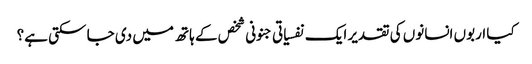
کیا اربوں انسانوں کی تقدیر ایک نفسیاتی جنونی شخص کے ہاتھ میں دی جا سکتی ہے؟